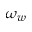
\omega _ { w }